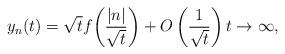
LaTeX: \begin{align*}y_n(t)=\sqrt{t} f\!\left(\dfrac{|n|}{\sqrt {t}}\right) + O\left(\dfrac{1}{\sqrt{t}}\right) t\to \infty,\end{align*}